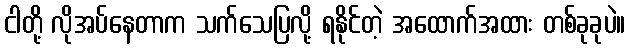
ငါတို့ လိုအပ်နေတာက သက်သေပြလို့ ရနိုင်တဲ့ အထောက်အထား တစ်ခုခုပဲ။